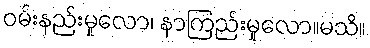
ဝမ်းနည်းမှုလော၊ နာကြည်းမှုလော။မသိ။